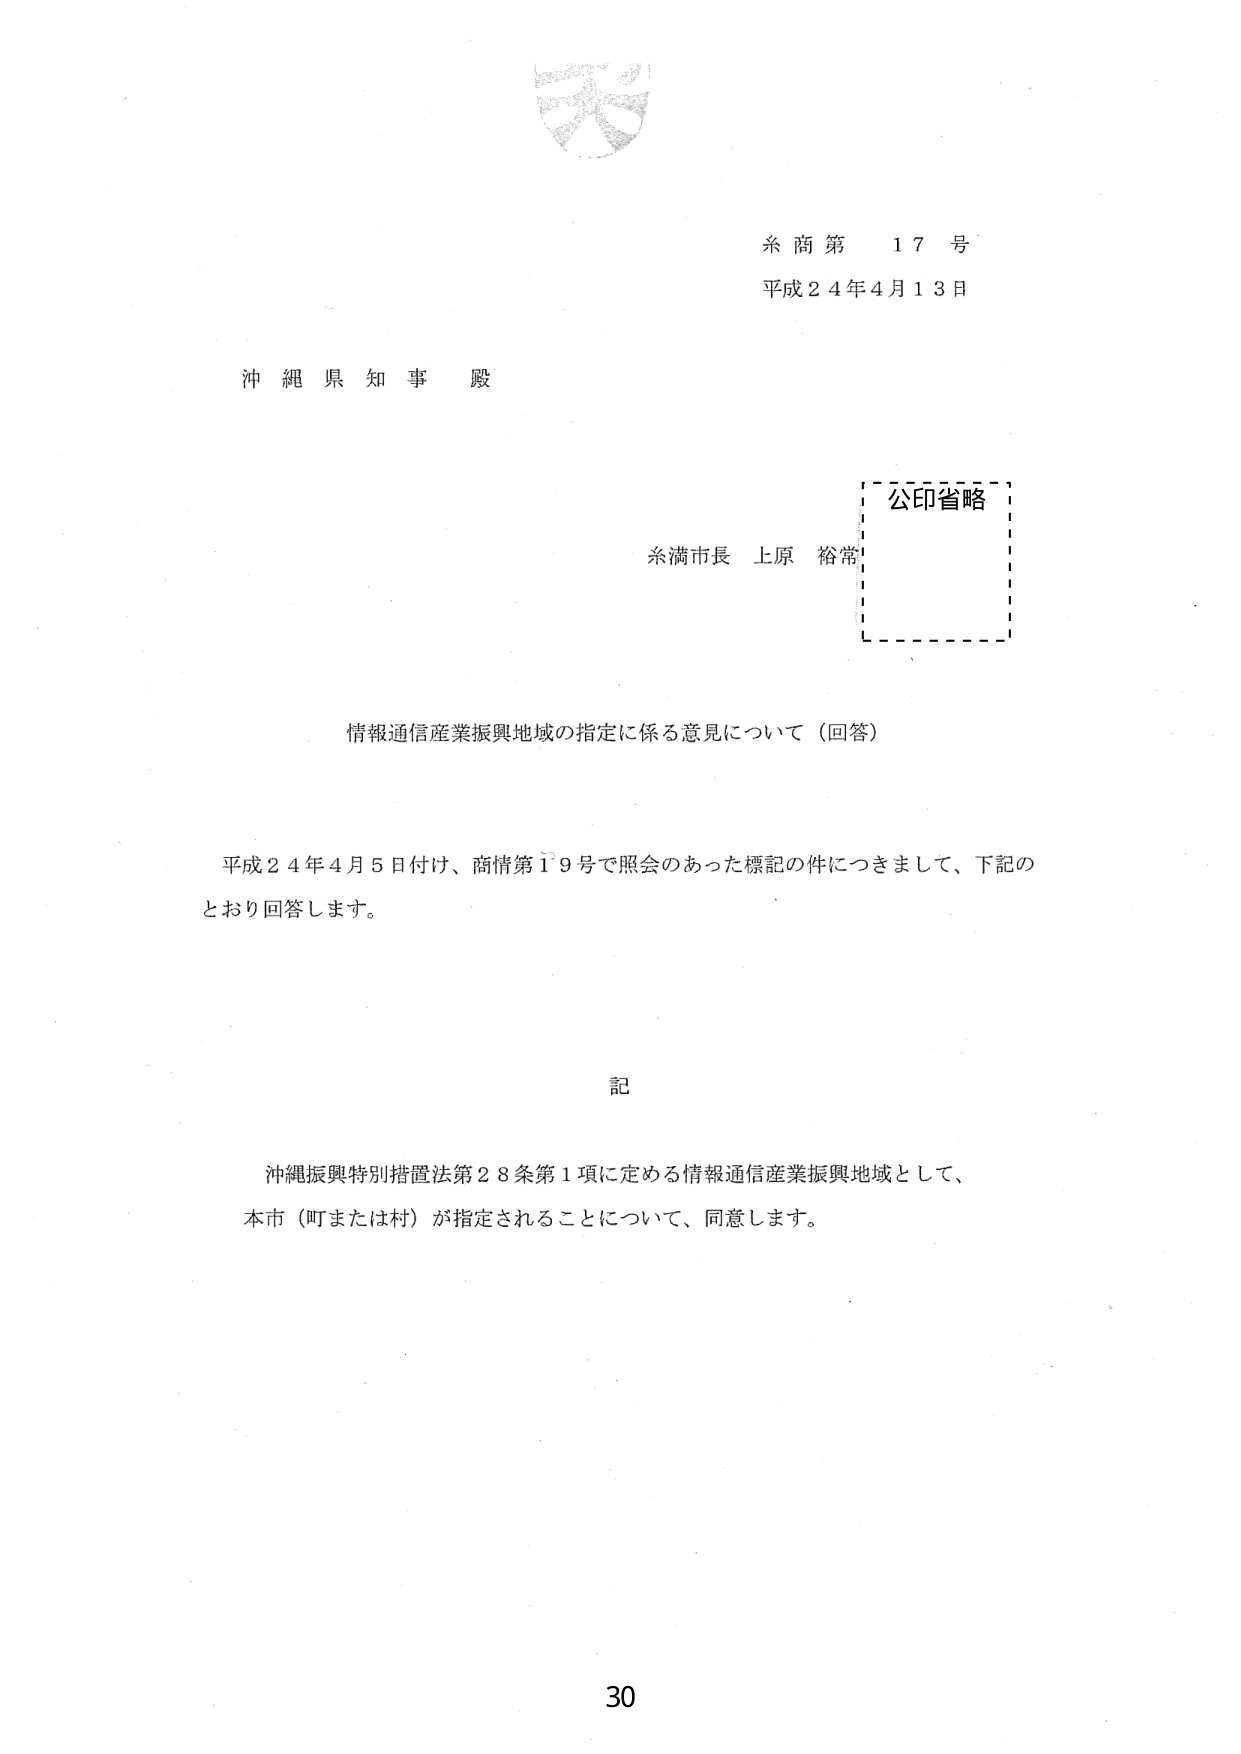
糸商第 17号
平成24年4月13日

沖縄県知事 殿

公印省略
糸満市長 上原 裕常

情報通信産業振興地域の指定に係る意見について（回答）

平成24年4月5日付け、商情第19号で照会のあった標記の件につきまして、下記の
とおり回答します。

記

沖縄振興特別措置法第28条第1項に定める情報通信産業振興地域として、
本市（町または村）が指定されることについて、同意します。

30